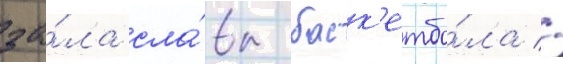
за́ла сла́вы баск'етбо́ла //